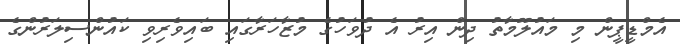
އެމްޑީޕީން މި މައުލޫމާތު ދިން އިރު އެ ދުވަހުގެ މުޒާހަރާގައި ބައިވެރިވި ކައުންސިލަރުންގެ